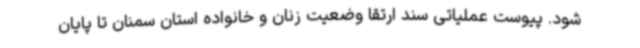
شود. پیوست عملیاتی سند ارتقا وضعیت زنان و خانواده استان سمنان تا پایان